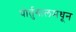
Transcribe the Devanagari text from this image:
पोर्तुगालमधून